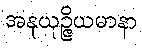
အနုယုဉ္ဇိယမာနာ